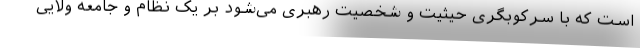
است که با سرکوبگری حیثیت و شخصیت رهبری می‌شود بر یک نظام و جامعه ولایی